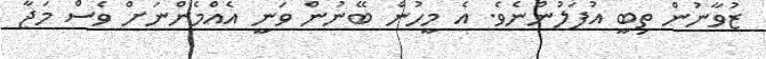
ޒުވާނުން ތިބީ އުފަލުންނެވެ. އެ މީހުން ބޭނުން ވަނީ އެއްމެންނަށް ވެސް މަޖާ